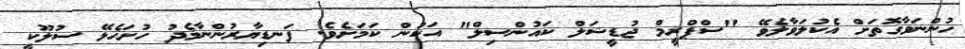
ހުންނަވާގޮތަށް އެކުލަވާލެވޭ "ސްޕްރީމް ޖުޑީޝަލް ކައުންސިލް" އަކުން ކަމަށެވެ. ފަނޑިޔާރުންނާމެދު ހުށަހެޅޭ ސުލޫކީ